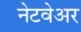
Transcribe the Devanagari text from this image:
नेटवेअर